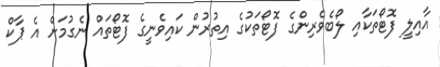
އާއިލީ ފޮޓޯތަކާއި ލޯބެވެރިންގެ ފޮޓޯތަކުގެ އިތުރުން ކައިވެނީގެ ފޮޓޯތައް ނެގުމަށް އެ ޕާކް